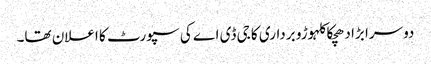
دوسرا بڑا دھچکا کلہوڑو برداری کا جی ڈی اے کی سپورٹ کا اعلان تھا۔